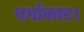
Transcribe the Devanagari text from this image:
वर्गाकार।